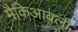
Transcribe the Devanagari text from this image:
मैकिआवली